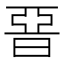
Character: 𣇩